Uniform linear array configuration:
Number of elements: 32
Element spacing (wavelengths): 0.5
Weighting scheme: hamming
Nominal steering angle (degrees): -30
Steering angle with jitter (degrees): -29.77
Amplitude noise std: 0.05
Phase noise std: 0.05

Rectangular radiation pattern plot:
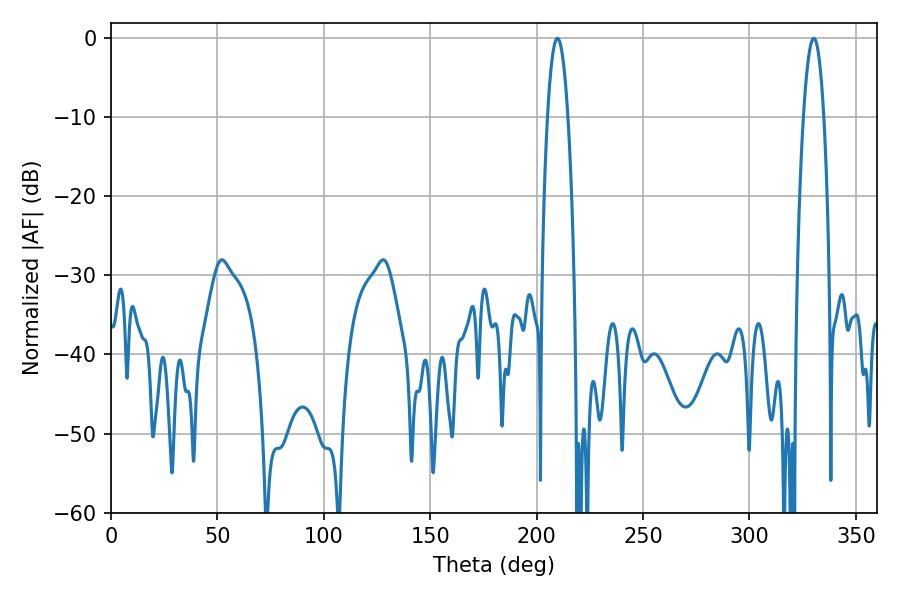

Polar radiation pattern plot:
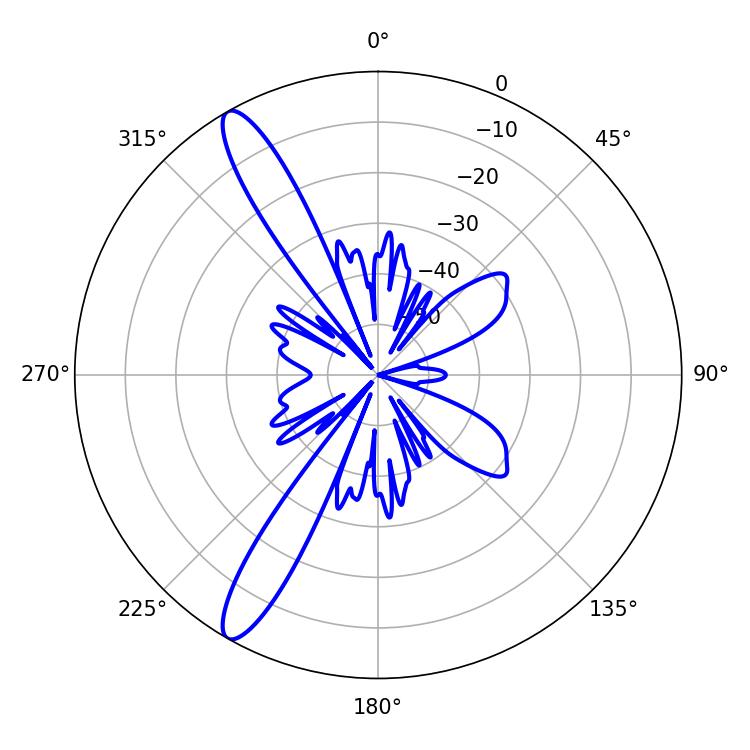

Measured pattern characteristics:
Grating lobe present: FALSE
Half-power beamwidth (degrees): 5.22
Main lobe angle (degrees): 209.7